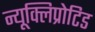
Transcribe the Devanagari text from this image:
न्यूक्लिप्रोटिड